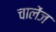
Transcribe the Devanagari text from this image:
चालेंज